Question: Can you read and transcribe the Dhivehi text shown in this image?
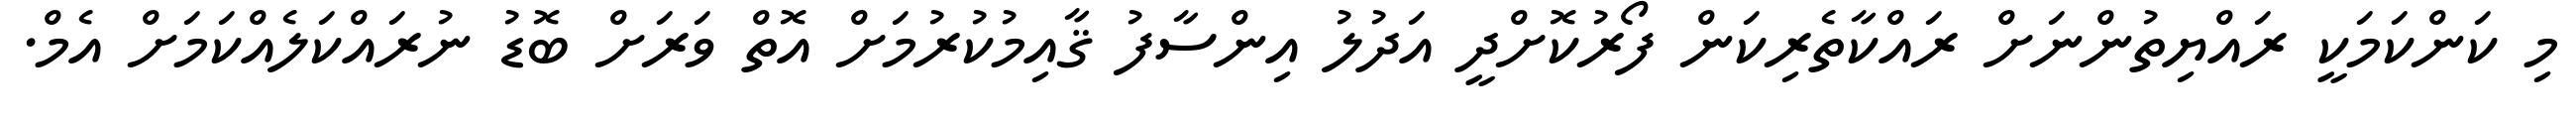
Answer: މި ކަންކަމަކީ ރައްޔިތުންނަށް ރައްކާތެރިކަން ފޯރުކޮށްދީ އަދުލު އިންސާފު ޤާއިމުކުރުމަށް އޮތް ވަރަށް ބޮޑު ނުރައްކަލެއްކަމަށް އެމް.